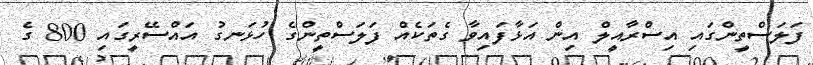
ފަލަސްތީންގައި އިސްރާއީލް އިން އަޅާފައިވާ ގެތަކެއް ފަލަސްތީންގެ ހުޅަނގު އައްސޭރީގައި 800 ގެ